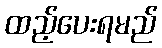
ထည့်ပေးရမည်